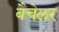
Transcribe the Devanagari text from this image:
बैचेलर